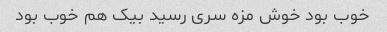
خوب بود خوش مزه سرى رسید بیک هم خوب بود